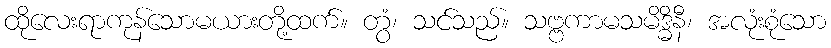
ထိုလေးရာကုန်သောမယားတို့ထက်။ တွံ၊ သင်သည်။ သဗ္ဗကာမသမိဒ္ဓိနီ၊ အလုံးစုံသော